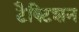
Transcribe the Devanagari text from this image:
टैक्टिशन